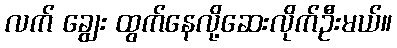
လက် ချွေး ထွက်နေလို့ဆေးလိုက်ဦးမယ်။